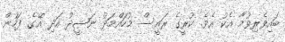
ބައިވެރިވުމާ އެކު އެވެ. ކުރީގެ ރައީސް މުހައްމަދު ނަޝީދު އަދި އޭގެ ފަހުން